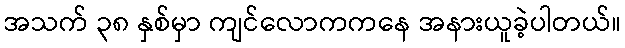
အသက် ၃၈ နှစ်မှာ ကျင်လောကကနေ အနားယူခဲ့ပါတယ်။